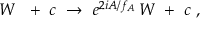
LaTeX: W \ \ + \ c \ \rightarrow \ e ^ { 2 i A / f _ { A } } \, W \ + \ c \ ,